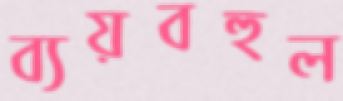
ব্যয়বহুল